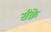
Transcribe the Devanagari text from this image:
सैक्रे